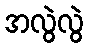
အလွဲလွဲ